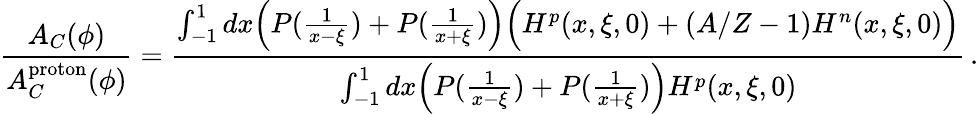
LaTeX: \frac{A_{C}(\phi)}{A_{C}^{\mathrm{proton}}(\phi)}=\frac{\int_{-1}^{1}dx\Big(P(\frac{1}{x-\xi})+P(\frac{1}{x+\xi})\Big)\Big(H^{p}(x,\xi,0)+(A/Z-1)H^{n}(x,\xi,0)\Big)}{\int_{-1}^{1}dx\Big(P(\frac{1}{x-\xi})+P(\frac{1}{x+\xi})\Big)H^{p}(x,\xi,0)}\, .